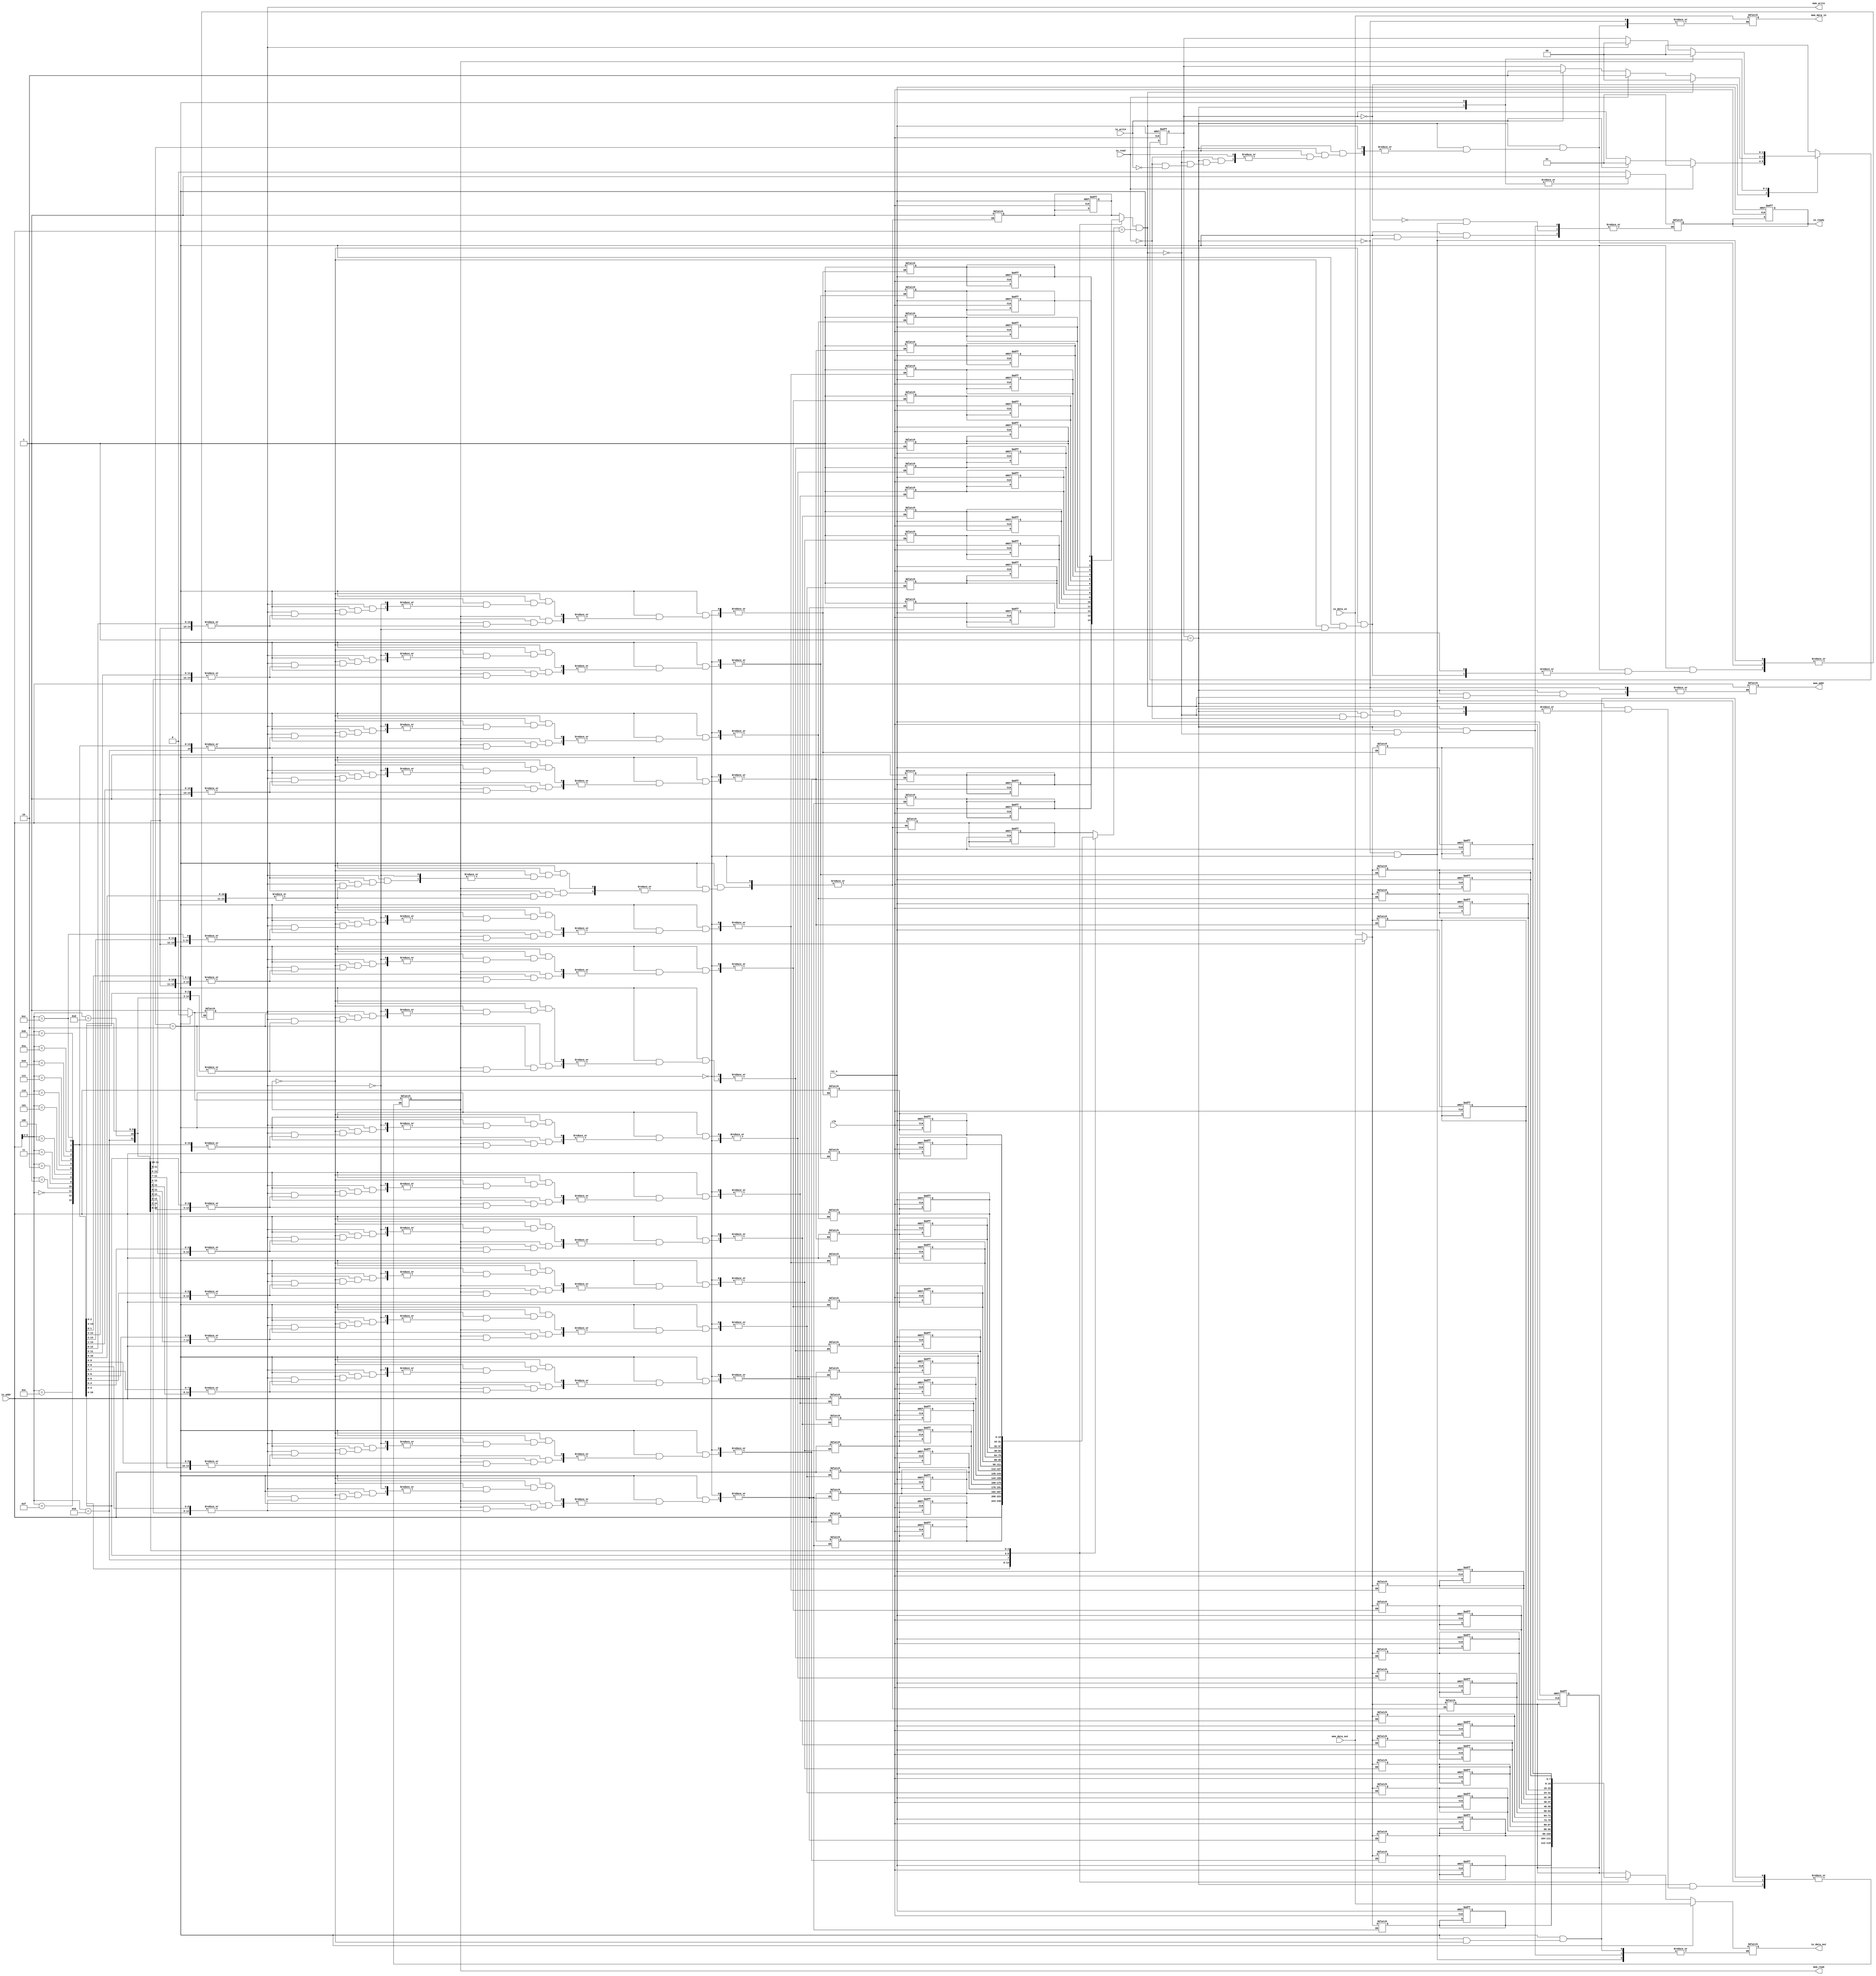
module IO_Block_Separate_Cache #
(
    parameter ADDR_WIDTH = 16,   // Width of the address bus
    parameter DATA_WIDTH = 8,     // Width of the data bus
    parameter CACHE_SIZE = 16     // Number of cache lines
)
(
    input wire clk,
    input wire rst_n,
    
    // I/O interface
    input wire [ADDR_WIDTH-1:0] io_addr,
    input wire [DATA_WIDTH-1:0] io_data_in,
    input wire io_read,
    input wire io_write,
    output reg [DATA_WIDTH-1:0] io_data_out,
    output reg io_ready,

    // Main memory interface
    output reg [ADDR_WIDTH-1:0] mem_addr,
    output reg [DATA_WIDTH-1:0] mem_data_in,
    output reg mem_read,
    output reg mem_write,
    input wire [DATA_WIDTH-1:0] mem_data_out
);

// Cache structure
reg [DATA_WIDTH-1:0] cache [0:CACHE_SIZE-1];
reg [ADDR_WIDTH-1:0] cache_addr [0:CACHE_SIZE-1];
reg cache_valid [0:CACHE_SIZE-1];
reg cache_dirty [0:CACHE_SIZE-1];
integer i;

// Cache Controller
reg [CACHE_SIZE-1:0] cache_hit;
reg [CACHE_SIZE-1:0] dirty_lines;

// State definitions
localparam IDLE        = 2'b00;
localparam CACHE_CHECK = 2'b01;
localparam MEM_ACCESS  = 2'b10;
reg [1:0] state, next_state;

// Address decoder
wire [ADDR_WIDTH-1:0] cache_index;
assign cache_index = io_addr[ADDR_WIDTH-1:2]; // Simple indexing strategy

// Cache Control Logic
always @(posedge clk or negedge rst_n) begin
    if (!rst_n) begin
        // Initialize cache
        for (i = 0; i < CACHE_SIZE; i = i + 1) begin
            cache[i] = 0;
            cache_addr[i] = 0;
            cache_valid[i] = 0;
            cache_dirty[i] = 0;
        end
        io_ready = 0;
        state = IDLE;
    end else begin
        state <= next_state;
    end
end

// State Machine for Cache Operations
always @(*) begin
    next_state = state;
    case (state)
        IDLE: begin
            io_ready = 0;
            if (io_read) begin
                next_state = CACHE_CHECK;
            end else if (io_write) begin
                next_state = CACHE_CHECK;
            end
        end
        
        CACHE_CHECK: begin
            if (cache_valid[cache_index] && (cache_addr[cache_index] == io_addr)) begin
                io_data_out = cache[cache_index]; // Cache hit
                cache_hit = 1;
                io_ready = 1;
                next_state = IDLE;
            end else begin
                cache_hit = 0;
                mem_addr = io_addr; // Address to memory
                if (io_read) begin
                    mem_read = 1;
                    next_state = MEM_ACCESS;
                end else if (io_write) begin
                    mem_write = 1;
                    mem_data_in = io_data_in;
                    next_state = MEM_ACCESS;
                end
            end
        end

        MEM_ACCESS: begin
            if (mem_read) begin
                cache[cache_index] = mem_data_out; // Read data from memory to cache
                cache_addr[cache_index] = io_addr;
                cache_valid[cache_index] = 1;
                io_data_out = mem_data_out;
                io_ready = 1;
                mem_read = 0;
                next_state = IDLE;
            end else if (mem_write) begin
                cache[cache_index] = io_data_in; // Write data to cache
                cache_addr[cache_index] = io_addr;
                cache_valid[cache_index] = 1;
                cache_dirty[cache_index] = 1; // Mark as dirty
                mem_write = 0;
                io_ready = 1;
                next_state = IDLE;
            end
        end
        
        default: next_state = IDLE;
    endcase
end

endmodule